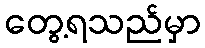
တွေ့ရသည်မှာ